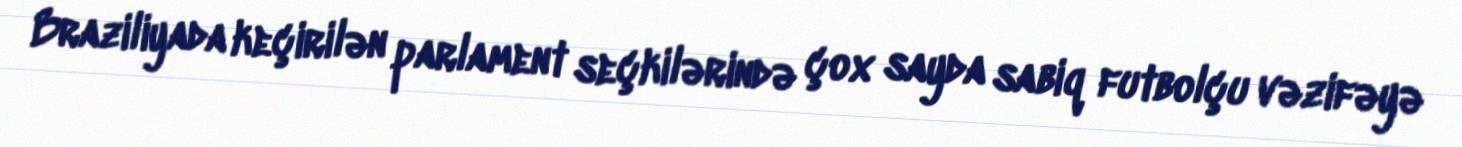
Braziliyada keçirilən parlament seçkilərində çox sayda sabiq futbolçu vəzifəyə